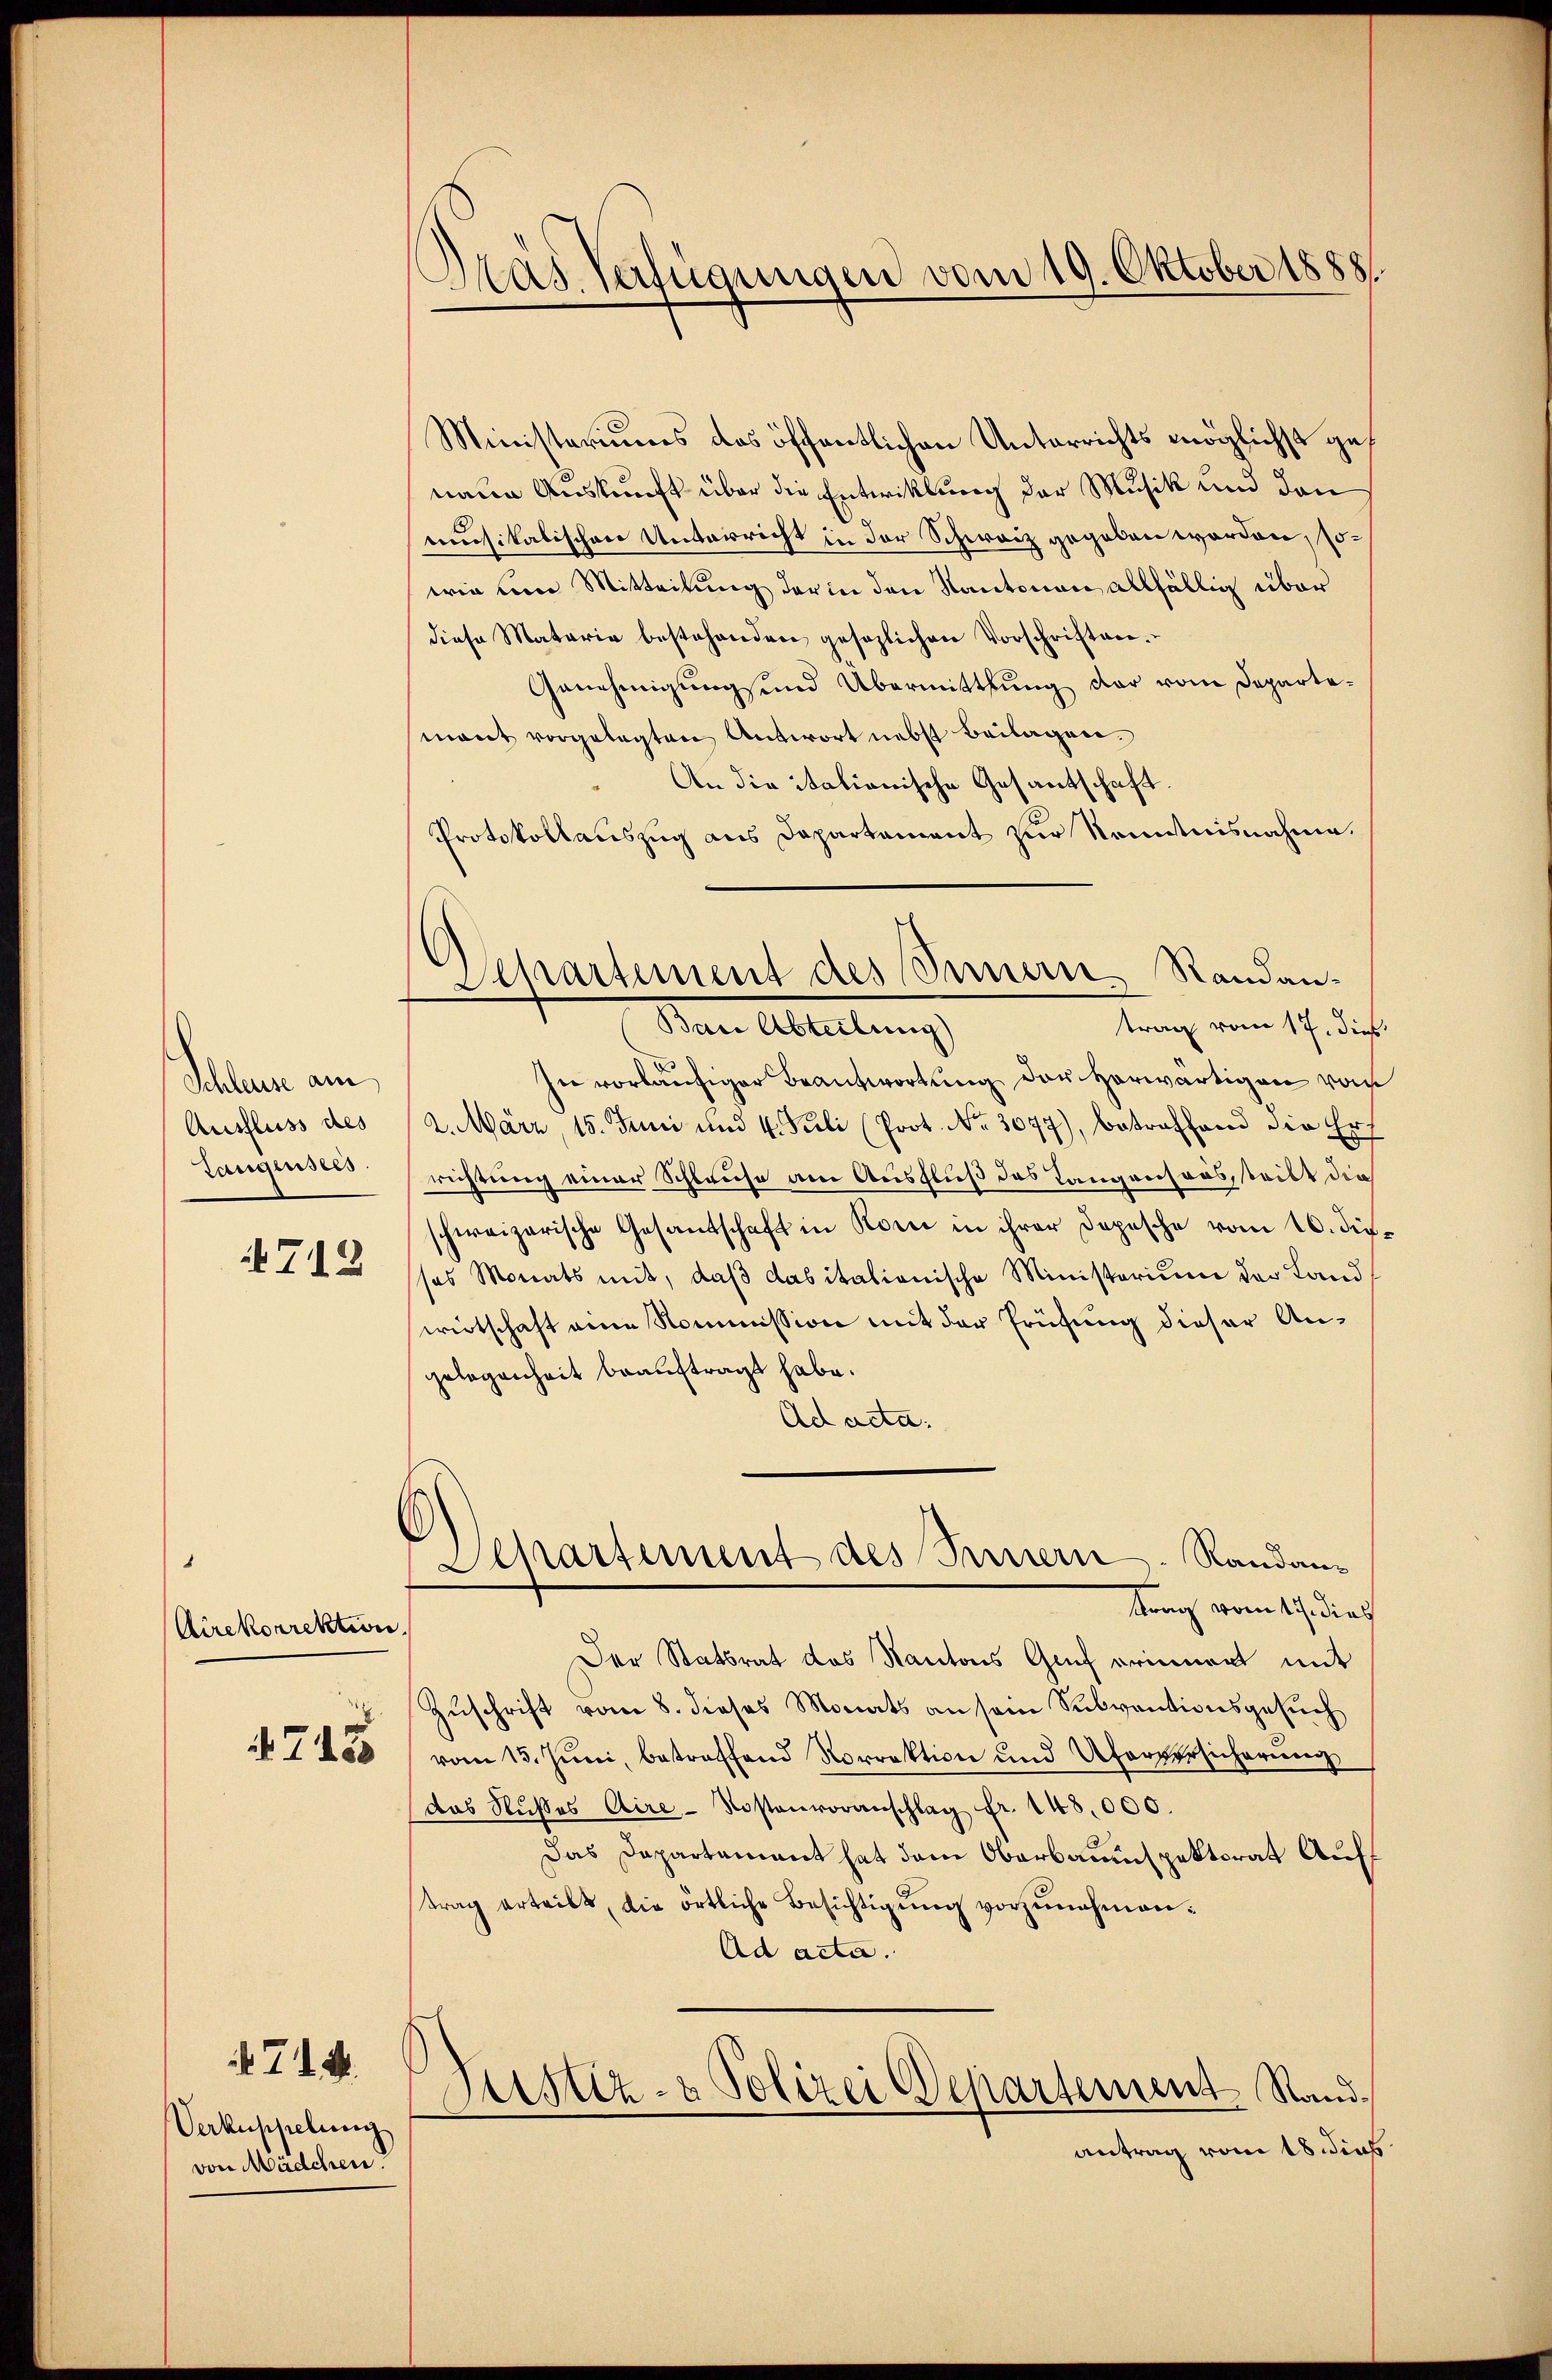
Schlers am
Ausfluss des
Laugensees

712

1
Airekorrektion
. Z. 155

Verkuppelung
von Mädchen.

714.

Pras Verfügungen vom 19. Oktober 1888.

.
Ministeriums das öffentlichen Unterrichts möglichst genaue Auskunft über die Entwicklung der Musik und den
musikalischen Unterricht in der Schweiz gegeben worden, sowie ein Mitteilung der in den Kantonen allfällig über
diese Materie bestehenden gesezlichen Vorschriften.
Genehmigung und Übermittlung der vom Departemant vorgelegten Antwort nebst Beilagen.
An die Stationische Gesantschaft
Protokollauszug aus Departament zur Kenntnisnahme.
trag vom 17. dies
Der Abteilung
In vorläufiger Beantwortung der herwärtigen von
2. März, 15. Juni und 4. Juli (Prot. No. 3077), betreffend die Errichtung einer Schlause am Ausfluß des Langensaus, tritt die
schweizerische Gesandschaft in Romi in ihrer Depesche vom 16. dir.
ses Monats mit, daß dasitationische Ministerium der Landwirtschaft eine Kommission mit der Prüfung dieser Angelegenheit beauftragt habe.
Ad acta.
Departement des Innern. Randantrag vom 17. dies
Der Statsrat das Kantons Genf erinnert mit
Zuschrift vom 8. dieses Monats an sein Subventionsgesuch
vom 13. Juni, betreffend Norrektion und Uferversicherung
das Nŭβes Aire-Kostenvoranschlag fr. 148,000.
Das Dapartament hat dem Oberbauinspektorat Auftrag erteilt, die örtliche Besichtigŭng vorzŭnehmen¬
Ad acta.

Aepartement des Innern Randan¬

Justiz- & Polizei Departement Sand¬

antrag vom 18 dies